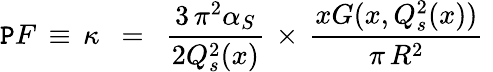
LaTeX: \mathtt{P}F\, \equiv\, \kappa\, \, \, =\, \, \, \frac{{3\, \pi^{2}\alpha_{S}}}{{2Q_{s}^{2}(x)}}\, \times\, \frac{{xG(x,Q_{s}^{2}(x))}}{{\pi\, R^{2}}}\, \,